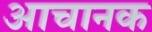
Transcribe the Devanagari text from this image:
आचानक